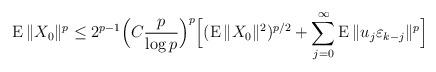
LaTeX: \begin{align*}\operatorname E\|X_0\|^p\le2^{p-1}\Bigl(C\frac p{\log p}\Bigr)^p\Bigl[(\operatorname E\|X_0\|^2)^{p/2}+\sum_{j=0}^\infty\operatorname E\|u_j\varepsilon_{k-j}\|^p\Bigr]\end{align*}